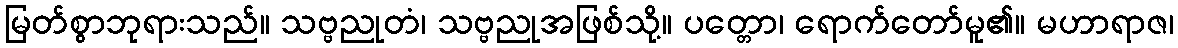
မြတ်စွာဘုရားသည်။ သဗ္ဗညုတံ၊ သဗ္ဗညုအဖြစ်သို့။ ပတ္တော၊ ရောက်တော်မူ၏။ မဟာရာဇ၊